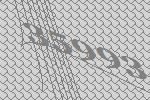
35993